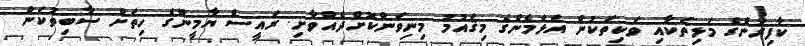
ކާފިރުންގެ މަޅިތަކާއި ވަކިތަކުން އަޅަމެންގެ މިޤައުމު މިނިވަންކޮށްދެއްވާށި. ރައީސް ޔާމީންގެ ހިތަށް ސާބިތުކަން